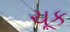
ચૂક